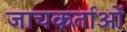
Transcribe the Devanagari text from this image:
जाचकर्ताओं